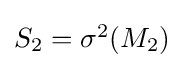
{\textstyle S_{2}=\sigma ^{2}(M_{2})}